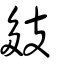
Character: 㩼